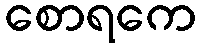
စောရကေ